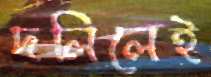
দলিলেই